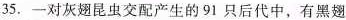
35.一对灰翅昆虫交配产生的91只后代中，有黑翅